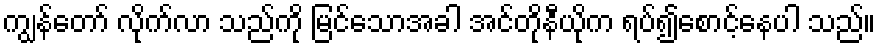
ကျွန်တော် လိုက်လာ သည်ကို မြင်သောအခါ အင်တိုနီယိုက ရပ်၍စောင့်နေပါ သည်။